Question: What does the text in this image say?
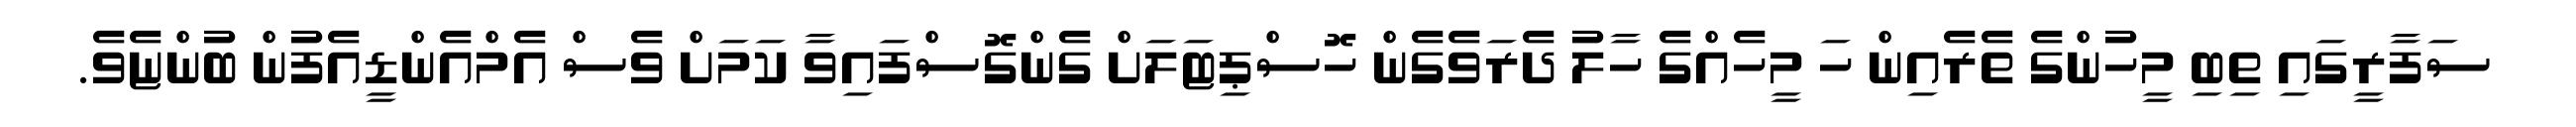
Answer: ސަފާރީގައި ތިބި މީހުންގެ ތެރެއިން ހަ މީހެއްގެ ހާލު ދެރަވެގެން ހޮސްޕިޓަލަށް ގެންގޮސްފައިވާ ކަމަށް ވެސް އެމްއެންޑީއެފުން ބުންޏެވެ.